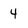
Character: 4